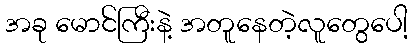
အခု မောင်ကြီးနဲ့ အတူနေတဲ့လူတွေပေါ့